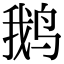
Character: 鹅